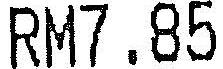
RM7.85